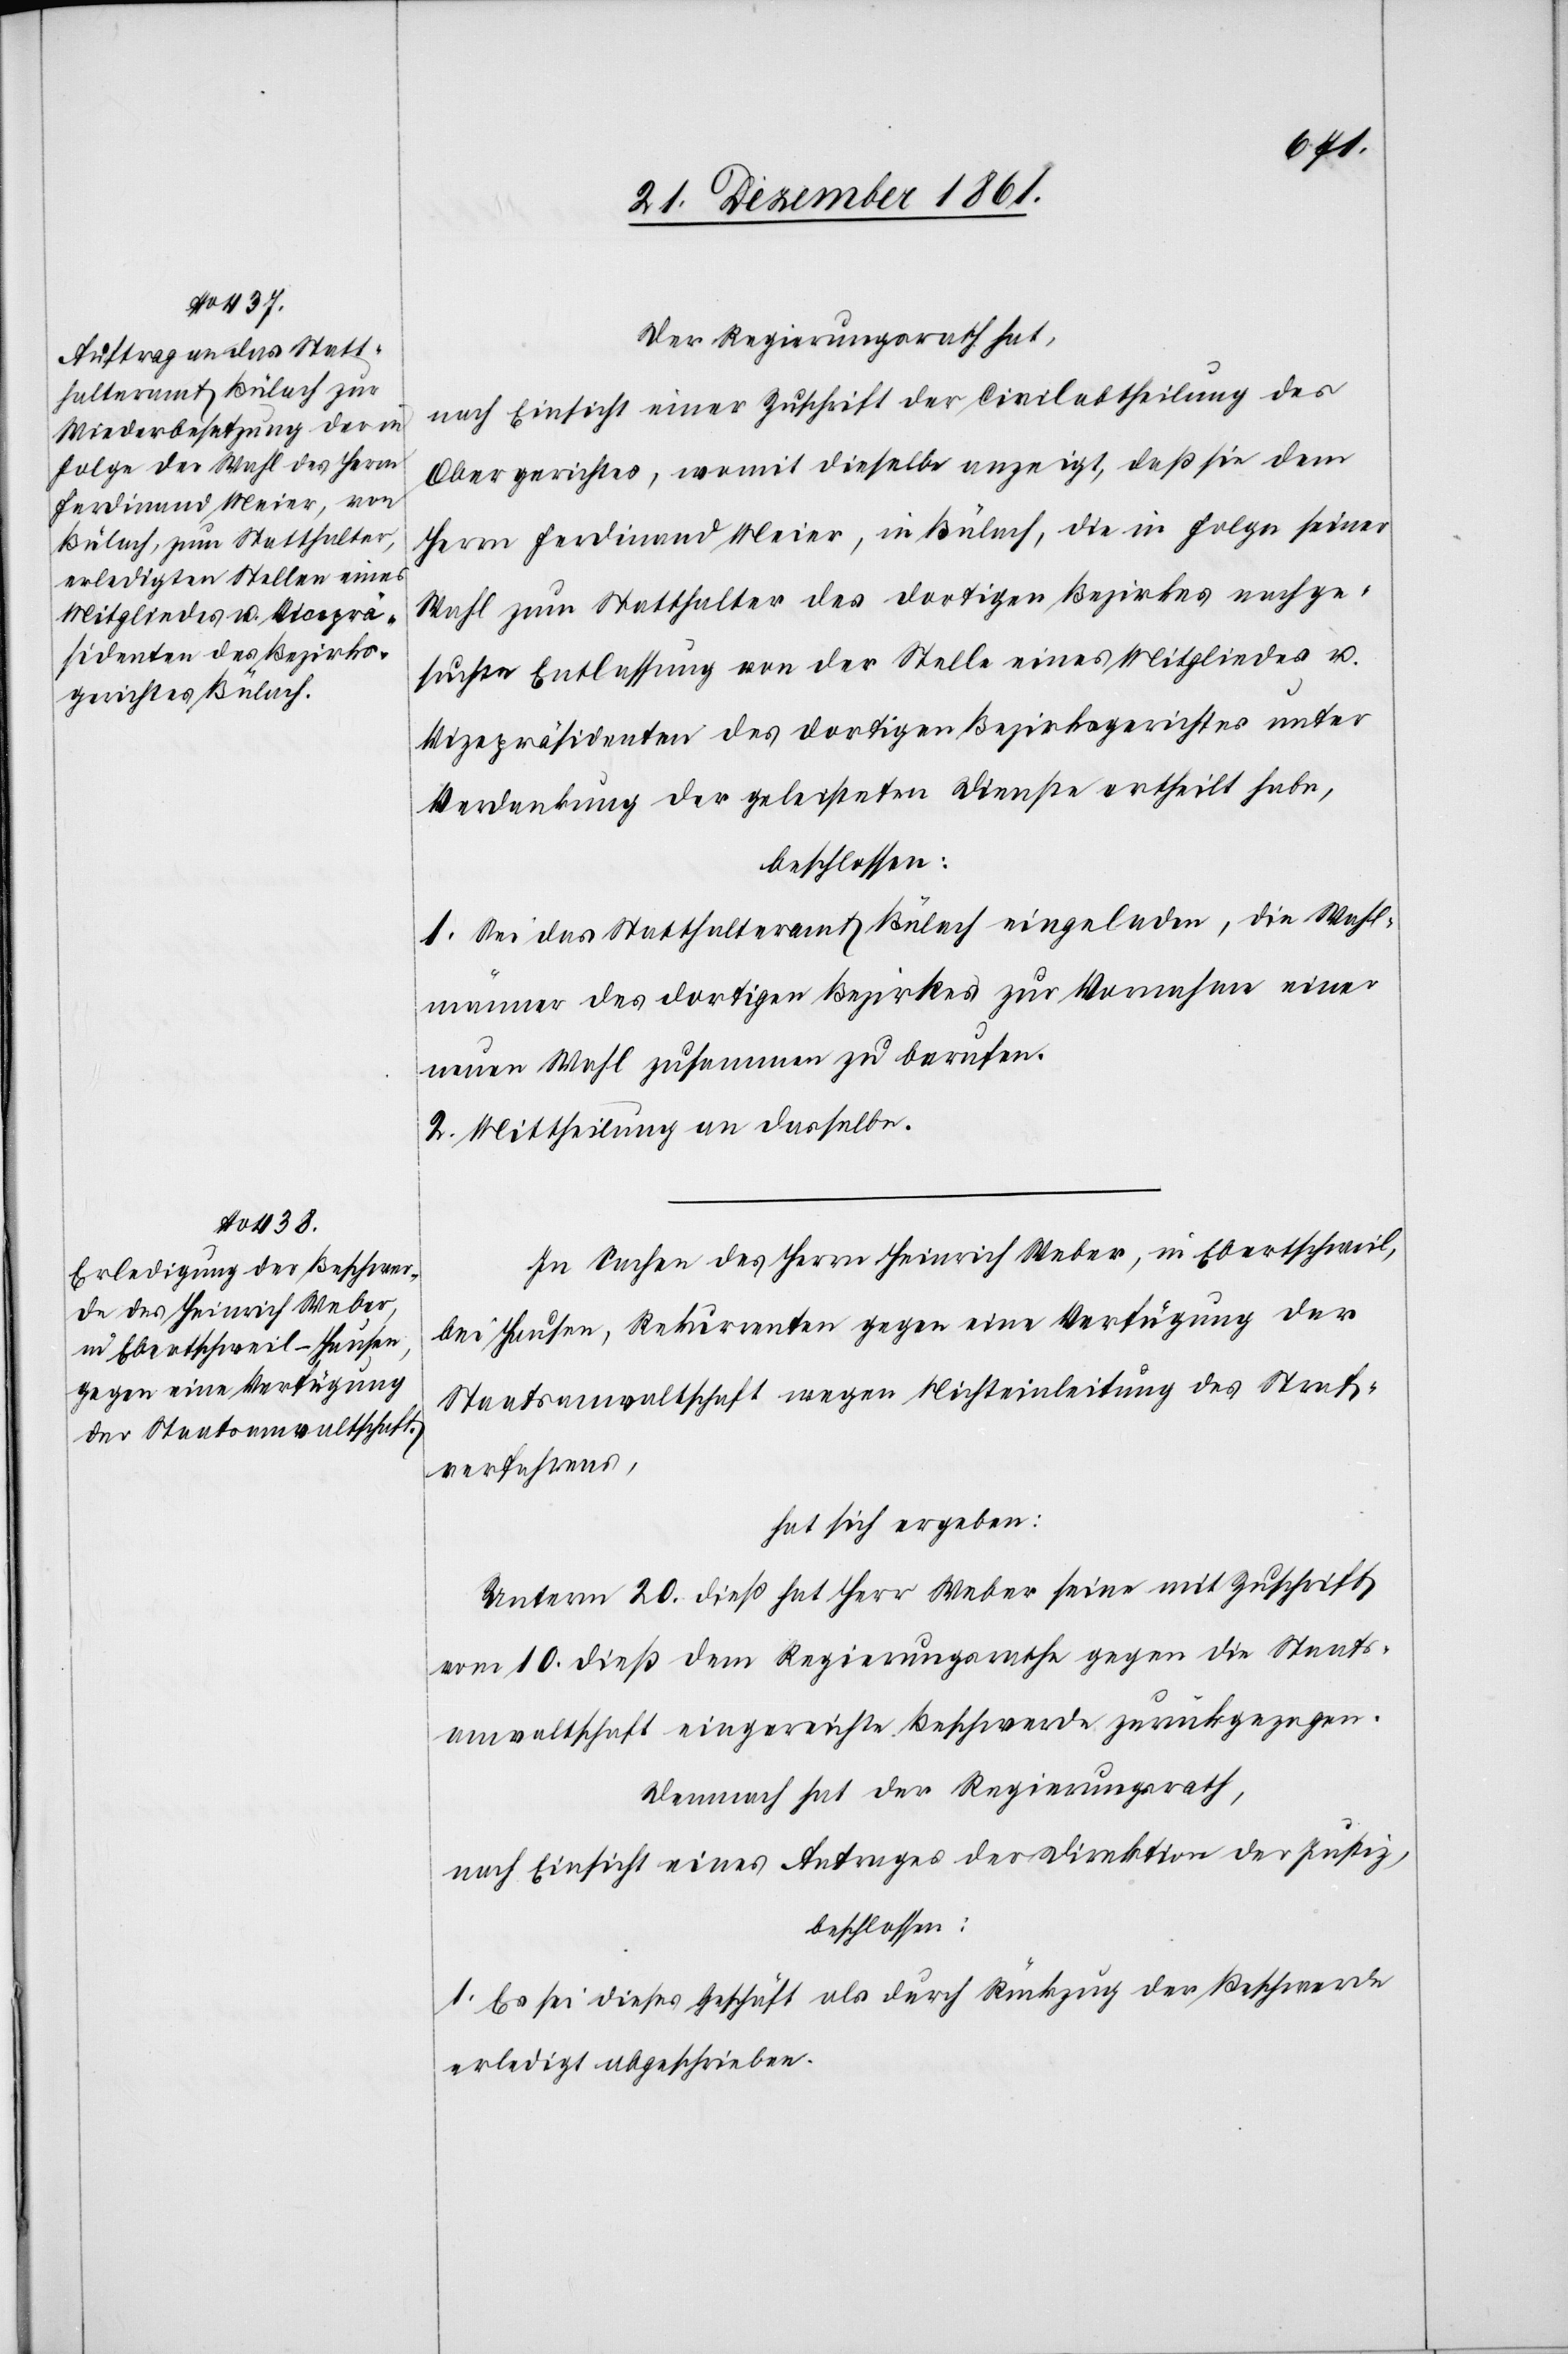
Der Regierungsrath hat,
nach Einsicht einer Zuschrift der Civilabtheilung des
Obergerichtes, womit dieselbe anzeigt, daß sie dem
Herrn Ferdinand Meier, in Bülach, die in Folge seiner
Wahl zum Statthalter des dortigen Bezirkes nachge¬
suchte Entlassung von der Stelle eines Mitgliedes u.
Vizepräsidenten des dortigen Bezirksgerichtes unter
Verdankung der geleisteten Dienste ertheilt habe,
beschlossen:
1. Sei das Statthalteramt Bülach eingeladen, die Wahl¬
männer des dortigen Bezirkes zur Vornahme einer
neuen Wahl zusammen zu berufen.
2. Mittheilung an dasselbe.
In Sachen des Herrn Heinrich Weber, in Ebertschweil,
bei Hausen, Rekurrenten gegen eine Verfügung der
Staatsanwaltschaft gegen Nichteinleitung des Straf¬
verfahrens,
hat sich ergeben:
Unterm 20 dieß hat Herr Weber seine mit Zuschrift
vom 10 dieß dem Regierungsrathe gegen die Staats¬
anwaltschaft eingereichte Beschwerde zurückgezogen.
Demnach hat der Regierungsrath,
nach Einsicht eines Antrages der Direktion der Justiz,
beschlossen:
1. Es sei dieses Geschäft als durch Rückzug der Beschwerde
erledigt abgeschrieben.